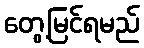
တွေ့မြင်ရမည်